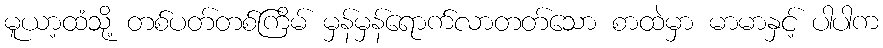
မူယာ့ထံသို့ တစ်ပတ်တစ်ကြိမ် မှန်မှန်ရောက်လာတတ်သော စာထဲမှာ မာမာနှင့် ပါပါက